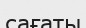
сағаты